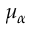
\mu _ { \alpha }